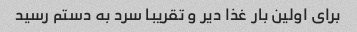
برای اولین بار غذا دیر و تقریبا سرد به دستم رسید